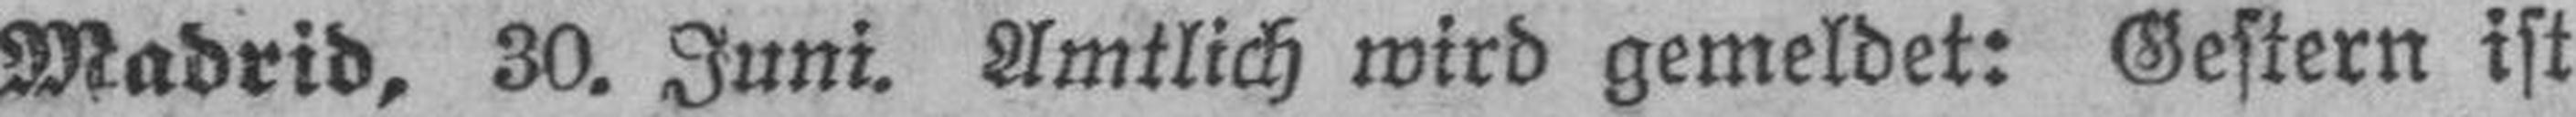
Madrid, 30. Juni. Amtlich wird gemeldet: Gestern ist